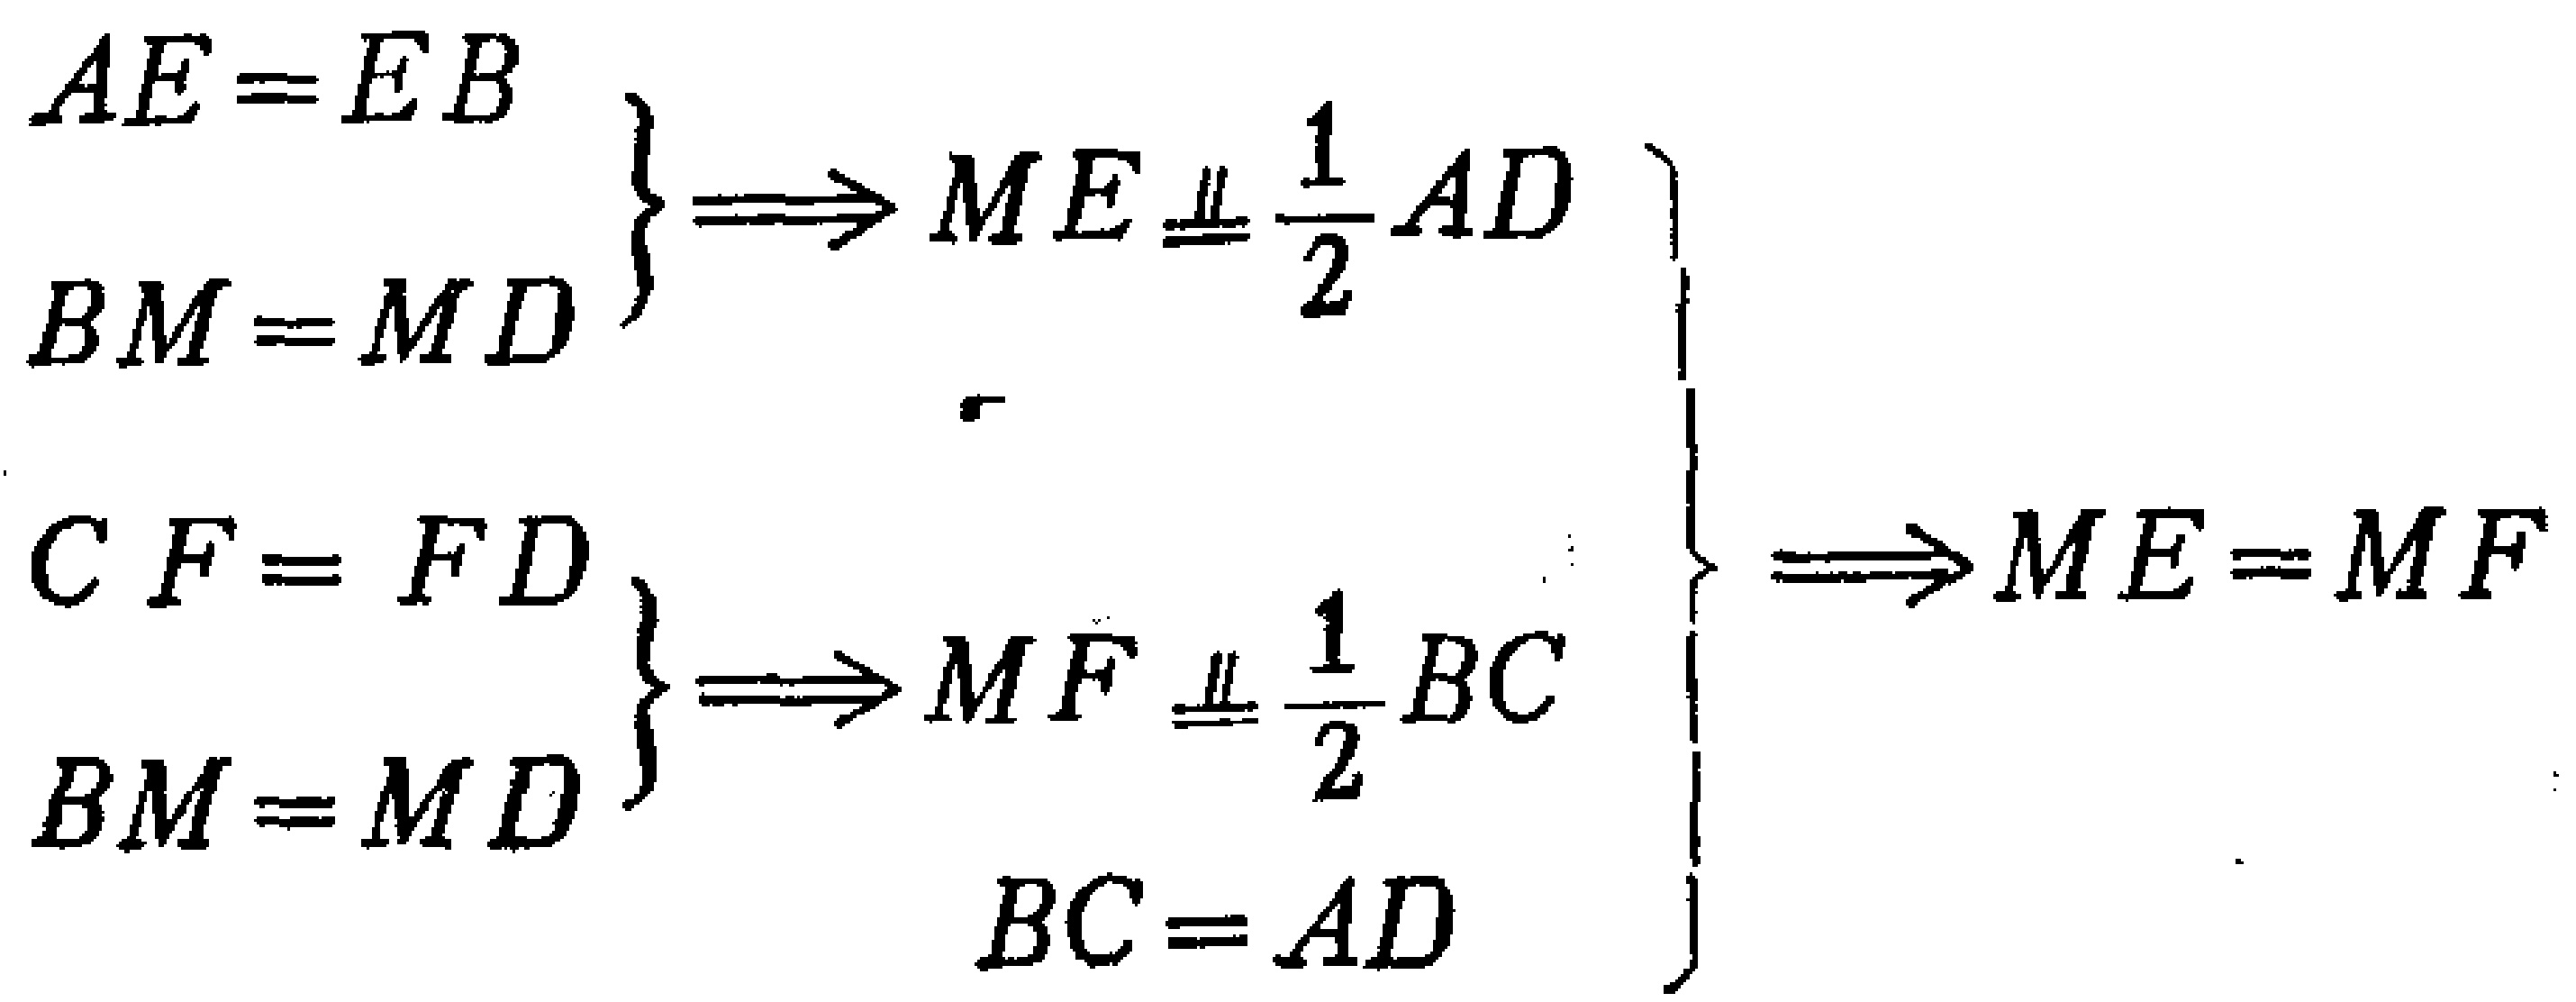
\[
\begin{cases}
\begin{cases}
AE = EB \\
BM = MD
\end{cases}
\Rightarrow ME \equalparallel \frac{1}{2}AD \\
\begin{cases}
CF = FD \\
BM = MD
\end{cases}
\Rightarrow MF \equalparallel \frac{1}{2}BC \\
BC = AD
\end{cases}
\Rightarrow ME = MF
\]